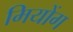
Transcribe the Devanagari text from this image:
मियोंग